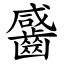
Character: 䶠